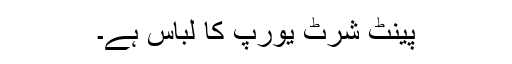
پینٹ شرٹ یورپ کا لباس ہے۔